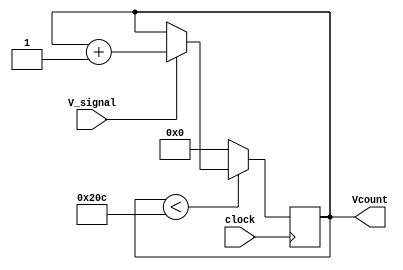
`timescale 1ns / 1ps

module v_counter(clock,V_signal,Vcount);
  input clock,V_signal;
  output [9:0] Vcount;
  reg [9:0] Vcount;
  initial Vcount=0;
  
          always @ (posedge clock)
            begin 
              if (Vcount <524)
                begin
                  if (V_signal ==1)
                    begin
                      Vcount <= Vcount + 1;                
                    end
                  else
                    begin
                      Vcount<= Vcount;
                    end
                end  
              else
              	begin
                  Vcount <=0;
                end
            end   
                    
endmodule